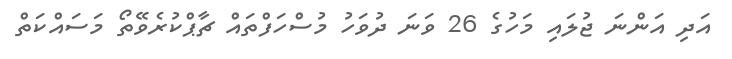
އަދި އަންނަ ޖުލައި މަހުގެ 26 ވަނަ ދުވަހު މުސްހަފްތައް ޗާޕްކުރެވޭތޯ މަސައްކަތް